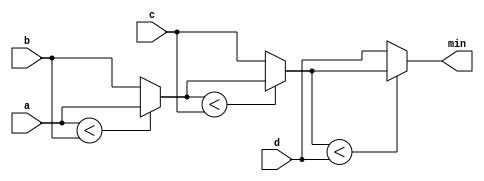
module top_module(
    input [7:0] a, b, c, d,
    output [7:0] min
);
	
    wire [7:0] w0, w1;
	
    assign w0 = (a<b)? a : b; 
    assign w1 = (w0<c)? w0 : c;
    assign min = (w1<d)? w1 : d;

endmodule